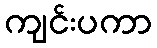
ကျင်းပကာ